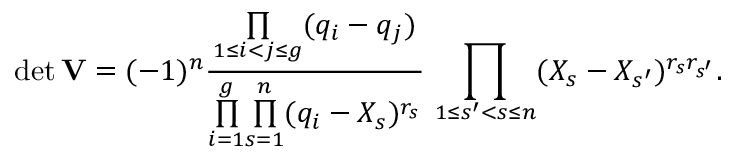
\operatorname* { d e t } \mathbf { V } = ( - 1 ) ^ { n } \frac { \underset { 1 \leq i < j \leq g } { \prod } ( q _ { i } - q _ { j } ) } { \underset { i = 1 } { \overset { g } { \prod } } \underset { s = 1 } { \overset { n } { \prod } } ( q _ { i } - X _ { s } ) ^ { r _ { s } } } \, \, \underset { 1 \leq s ^ { \prime } < s \leq n } { \prod } ( X _ { s } - X _ { s ^ { \prime } } ) ^ { r _ { s } r _ { s ^ { \prime } } } .